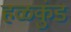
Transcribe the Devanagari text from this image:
हळकुंड